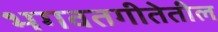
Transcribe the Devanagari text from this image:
भगवतगीतेतील